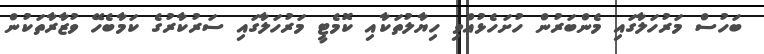
ބަހުސް މަރުހަލާގައި މެންބަރުން ހުށަހެޅުއްވި ހިޔާލުތަކާއި ކޮމެޓީ މަރުހަލާގައި ސަރުކާރުގެ ކަމާބެހޭ ވުޒާރާތަކުން